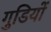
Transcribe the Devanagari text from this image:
गुडियों